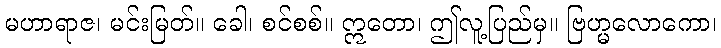
မဟာရာဇ၊ မင်းမြတ်။ ခေါ၊ စင်စစ်။ ဣတော၊ ဤလူ့ပြည်မှ။ ဗြဟ္မလောကော၊